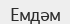
Емдәм